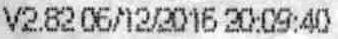
V2.82 06/12/2016 20:09:40